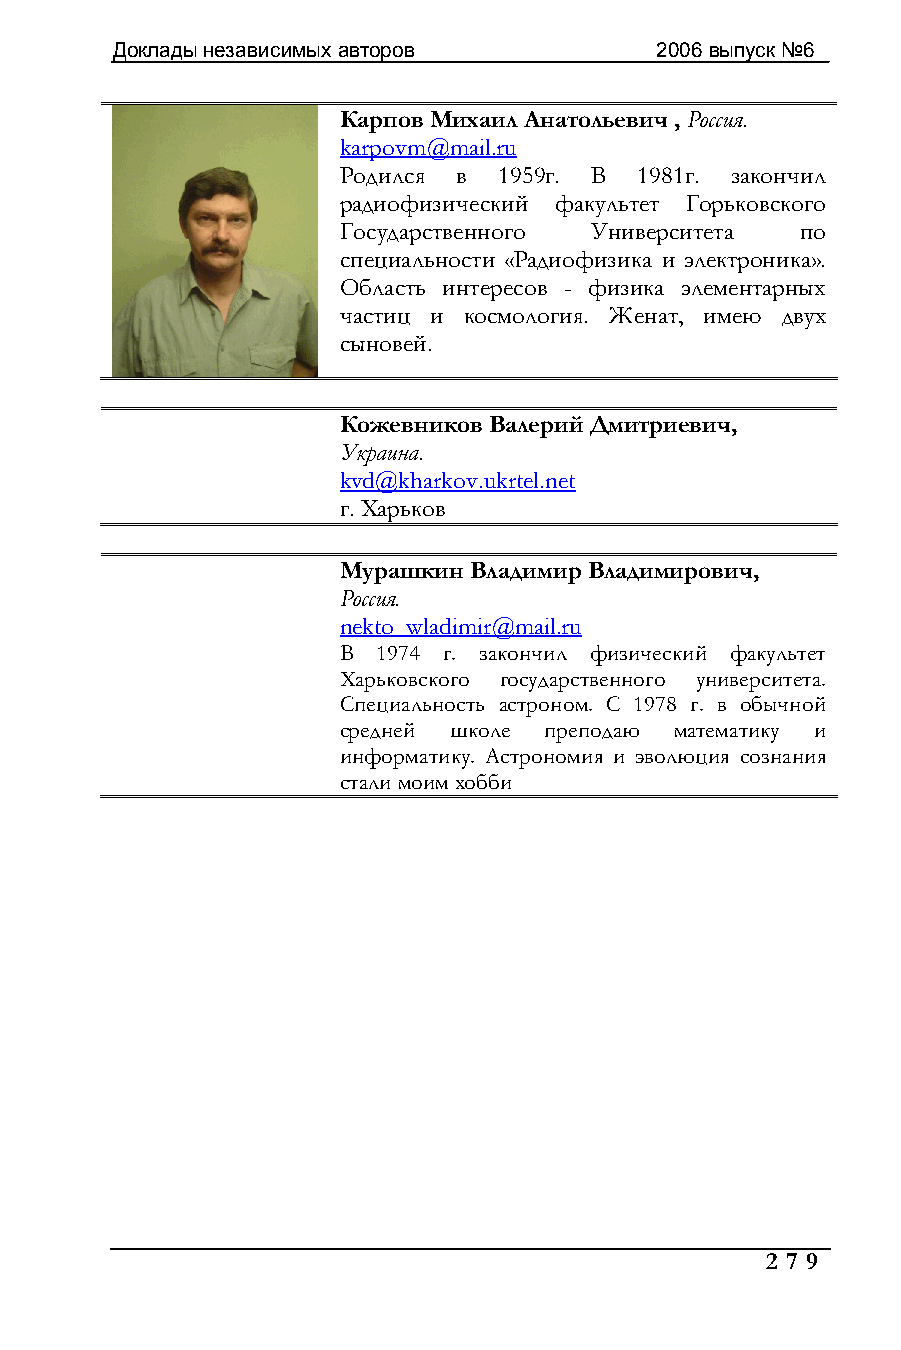
Доклады независимых авторов         2006 выпуск №6
 Карпов Михаил Анатольевич , Россия.
 karpovm@mail.ru
 Родился в  1959г. В 1981г. закончил
 радиофизический факультет Горьковского
 Государственного Университета  по
 специальности «Радиофизика и электроника».
 Область интересов - физика элементарных
 частиц и космология. Женат, имею двух
 сыновей.
 Кожевников Валерий Дмитриевич,
 Украина.
 kvd@kharkov.ukrtel.net
 г. Харьков
 Мурашкин Владимир Владимирович,
 Россия.
 nekto_wladimir@mail.ru
 В  1974 г. закончил физический факультет
 Харьковского государственного университета.
 Специальность астроном. С 1978 г. в обычной
 средней школе преподаю математику и
 информатику. Астрономия и эволюция сознания
 стали моим хобби
 2 7 9